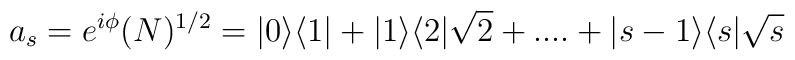
a_{s}=e^{i\phi}(N)^{1/2}=|0\rangle\langle 1| + |1\rangle\langle 2|\sqrt{2}                         + .... + |s-1\rangle\langle s|\sqrt{s}